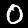
Label: 0